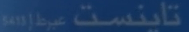
تاينست عبرا٠١